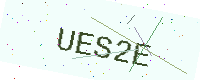
Text: UES2E